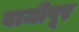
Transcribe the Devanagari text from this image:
बाजीपूर